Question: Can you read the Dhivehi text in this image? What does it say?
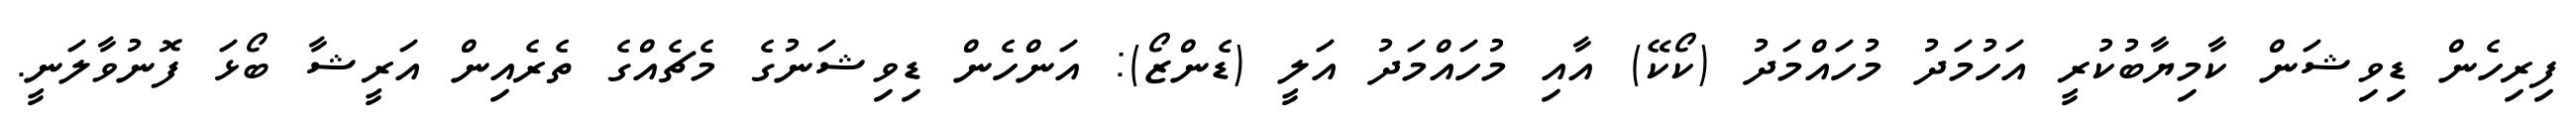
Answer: ފިރިހެން ޑިވިޝަން ކާމިޔާބުކުރީ އަހުމަދު މުހައްމަދު (ކޯކޭ) އާއި މުހައްމަދު އަލީ (ޑެންޒޯ): އަންހެން ޑިވިޝަނުގެ މެޗެއްގެ ތެރެއިން އަރީޝާ ބޯޅަ ފޮނުވާލަނީ.